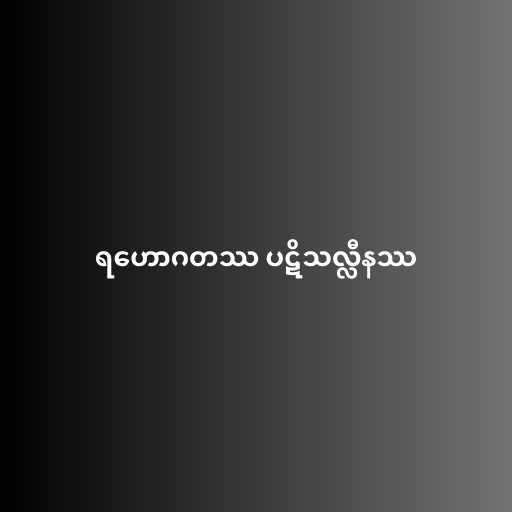
ရဟောဂတဿ ပဋိသလ္လီနဿ